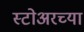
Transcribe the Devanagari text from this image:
स्टोअरच्या